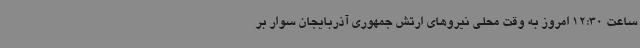
ساعت 12:30 امروز به وقت محلی نیروهای ارتش جمهوری آذربایجان سوار بر